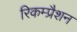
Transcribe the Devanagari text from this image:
रिकम्प्रैशन